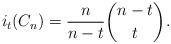
LaTeX: \begin{align*}i_t(C_n)=\frac{n}{n-t}\binom{n-t}{t}. \end{align*}